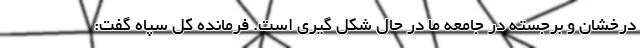
درخشان و برجسته در جامعه ما در حال شکل گیری است. فرمانده کل سپاه گفت: